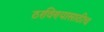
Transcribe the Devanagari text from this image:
ठरविण्यासाठीच